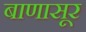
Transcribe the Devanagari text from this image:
बाणासूर